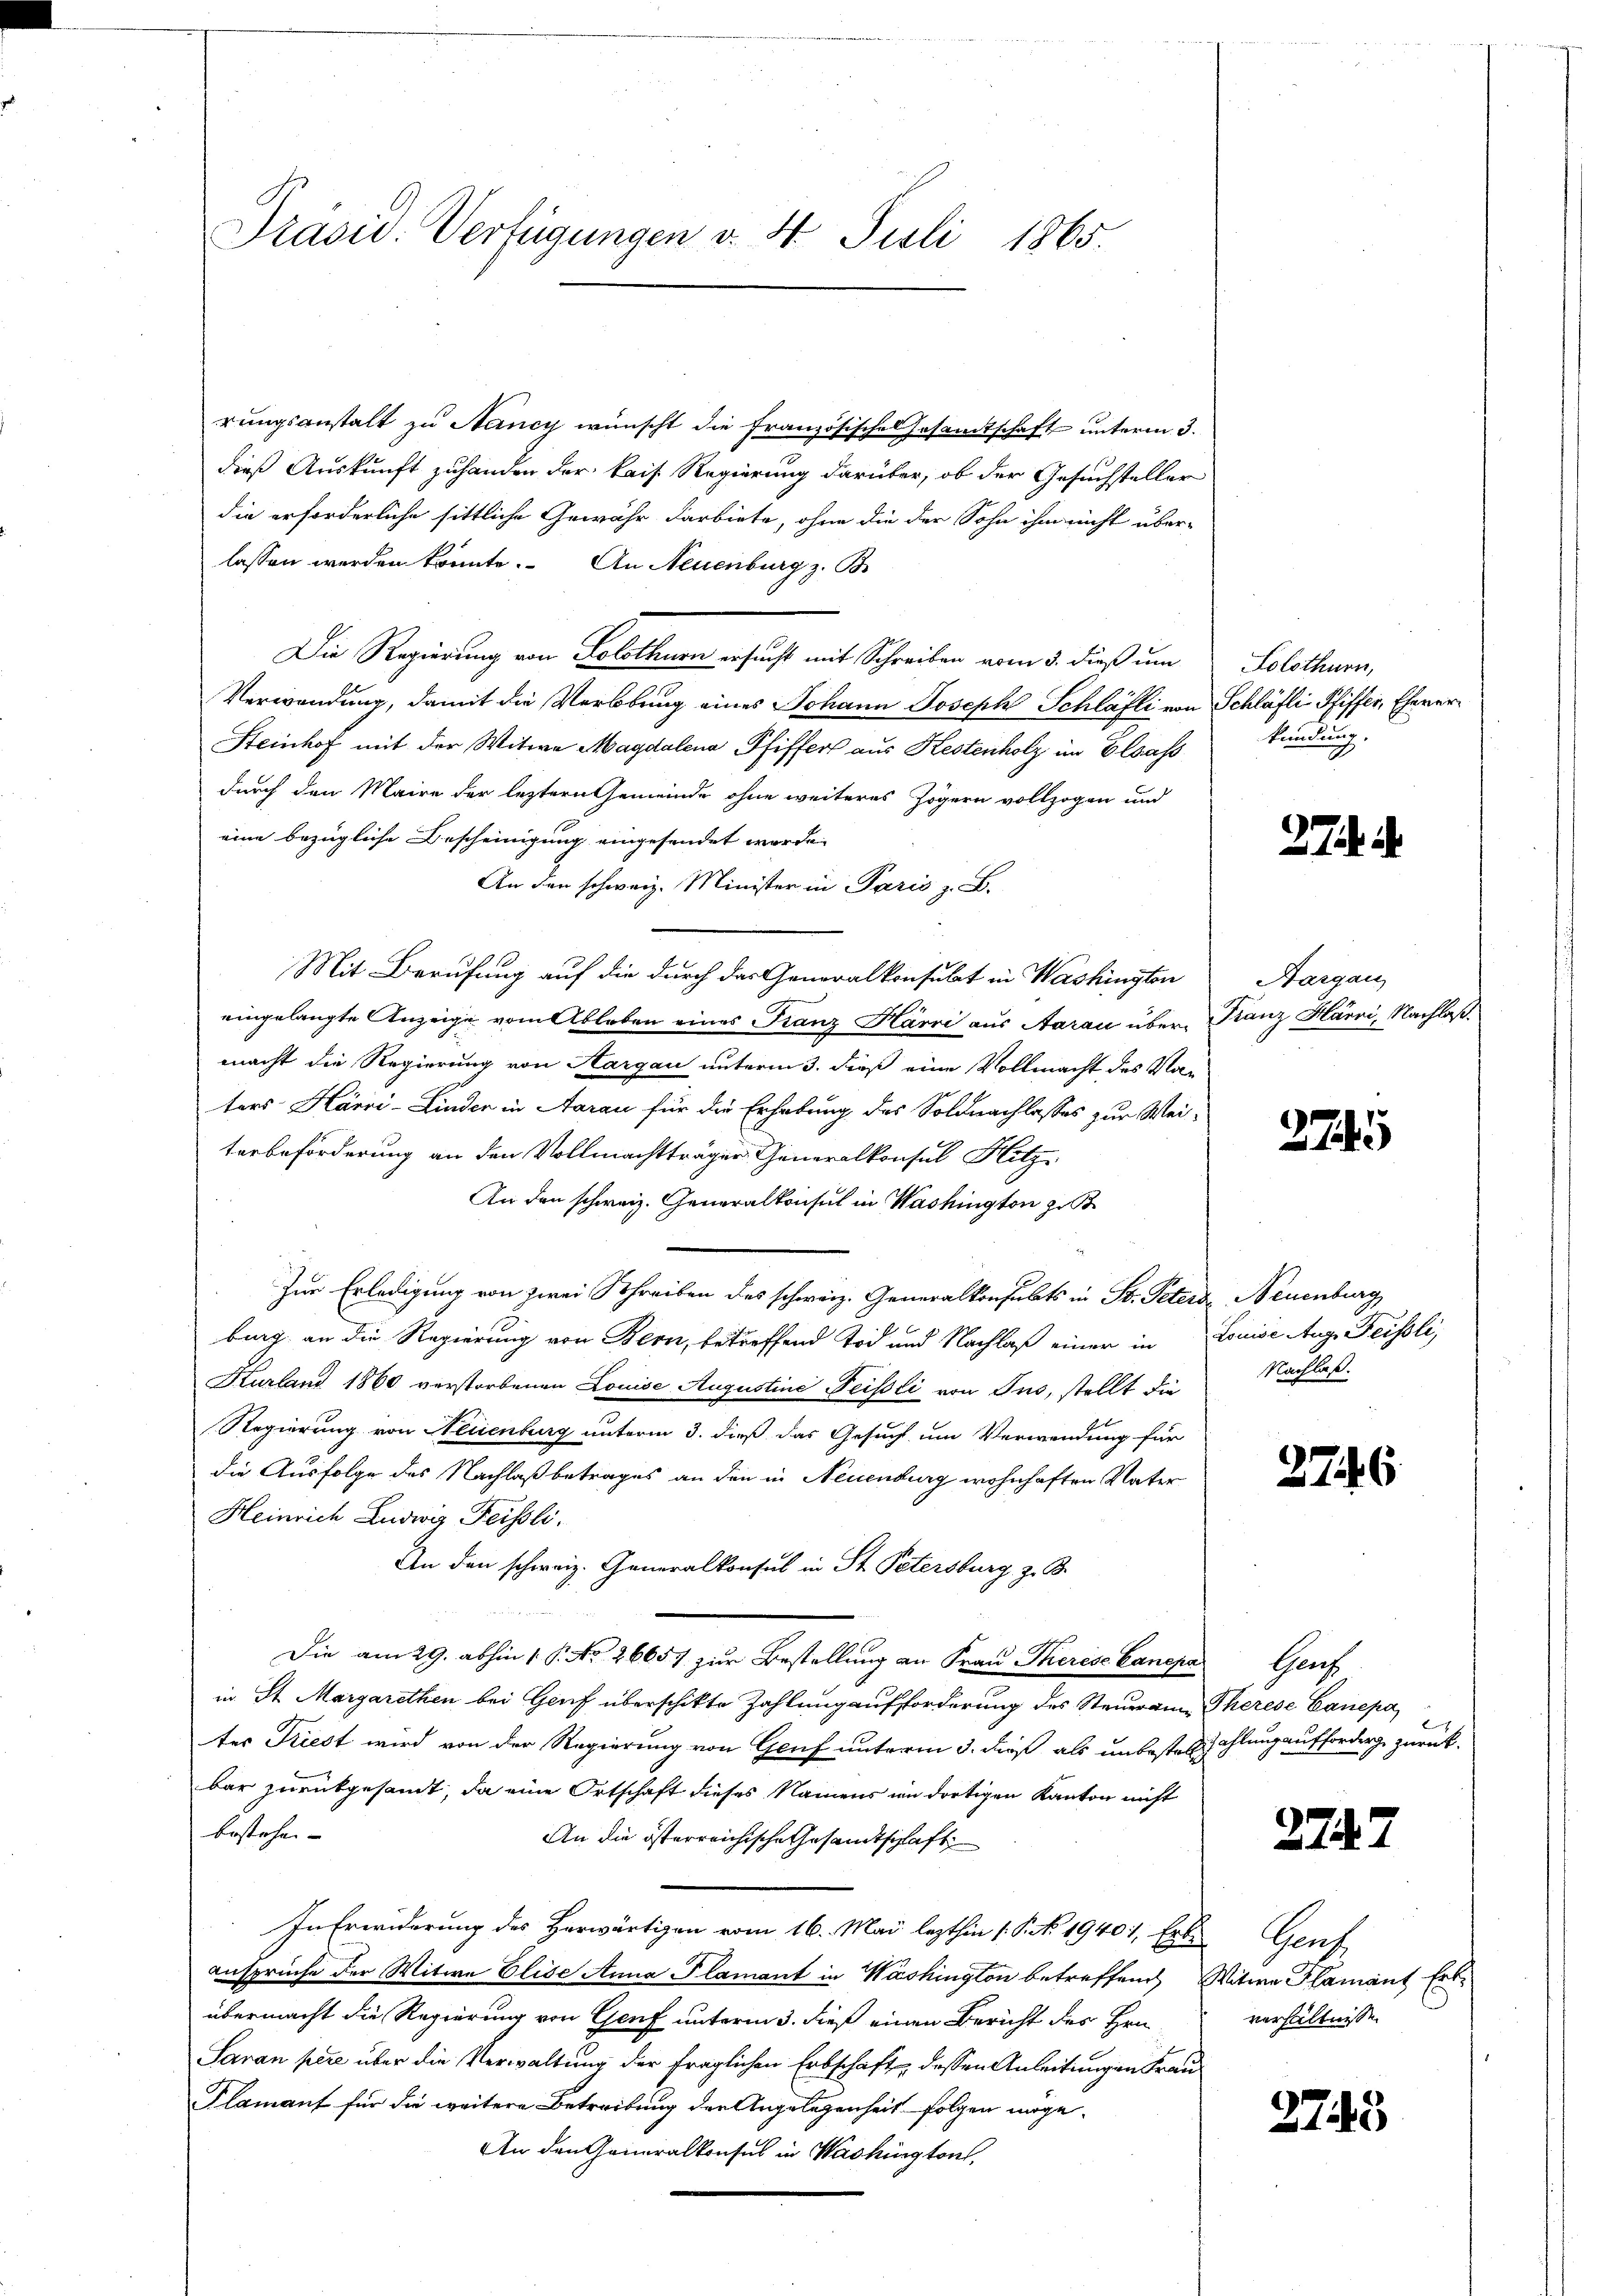
Präsid. Verfügungen v. 4. Juli 1865.

rungsanstalt zu Nancy wünscht die Französisches Gesandtschaft unterm 3.
dieß Auskunft zuhanden der kais Regierung darüber, ob der Gesuchsteller
die erforderliche sittliche Gewähr darbiete, ohne die der Sohn ihm nicht über-
lassen werden könnte. An Neuenburg z. B.
Die Regierung von Solothurn ersucht mit Schreiben vom 5. dieß um
Verwendung, damit die Verlobung eines Johann Joseph Schläfli von Schläfli Pfiffer, Eherer¬
Steinhof mit der Witwe Magdalena Pfiffers aus Kestenholz im Elsass
durch den Maire der leztern Gemeinde ohne weiteres Zögern vollzogen und
eine bezügliche Bescheinigung eingesendet werde.
An den schweiz. Minister in Paris z. B.
Mit Berufung auf die durch das Generalkonsulat in Washington
eingelangte Anzeige vom Ableben eines Franz Harri aus Aarau über Franz Harri, Nachlaßmacht die Regierung von Aargau unterm 3. dieß eine Vollmacht des Vaters Härri-Linder in Aarau für die Erhebung des Soldnachlasses zur Weiterbeförderung an den Vollmachtträger Generalkonsul Hitz
An den schweiz. Generalkonsul in Washington zu
Zur Erledigung von zwei Schreiben des schweiz. Generalkonsults in St. Peters, Neuenburg
burg an die Regierung von Bern, betreffend Tod und Nachlaß einer in Louise Aug. Feissli,
Hurland 1860 verstorbenen Louise Augustine Peisoli von Ins, stellt die
Regierung von Neiienburg unterm 3. dieß das Gesuch um Verwendung für
die Ausfolge des Nachlaß betrages an den in Neuenburg wohnhaften Vater
Heinrich Ludwig Feissli
An den schweiz. Generalkonsul in St. Petersburg z. B.
Die am 29. abhin 1 P. No 26657 zur Bestellung an Frau Therese Canepa
in St. Margarethen bei Genf überschikte Zahlung aufforderung des Steuerain Therese Canepa
tes Triest wird von der Regierung von Genf unterm 3. dieß als unbeste Zahlung aufforderg zurückbar zurükgesamt, da eine Ortschaft dieses Namens im dortigen Kanton nicht
bestehen- |
An die österreichische Gesandtschlaft
In Erwiderung des Herwärtigen vom 16. Mai lezthin 1. P. N. 19401, Ester Genf
ansprüche der Witwe Elise Anna Plamant in Washington betreffend Witwe Plamant Erübermacht die Regierung von Genf unterm 3. dieß einen Bericht des Hrn.
Saran pere über die Verwaltung der fraglichen Erbschaft, dessen Anleitungen Frau¬
Plamanf für die weitere Betreibung der Angelegenheit folgen möge.
An den Generalkonsus in Washington,

Solothurn,
kündung.

Aargau,

374.

2745

Nachlaß.

27.

Gruf

274.

verhältnissen

2745

¬

6